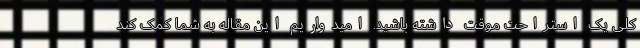
کلی یک استراحت موقت داشته باشید. امیدواریم این مقاله به شما کمک کند